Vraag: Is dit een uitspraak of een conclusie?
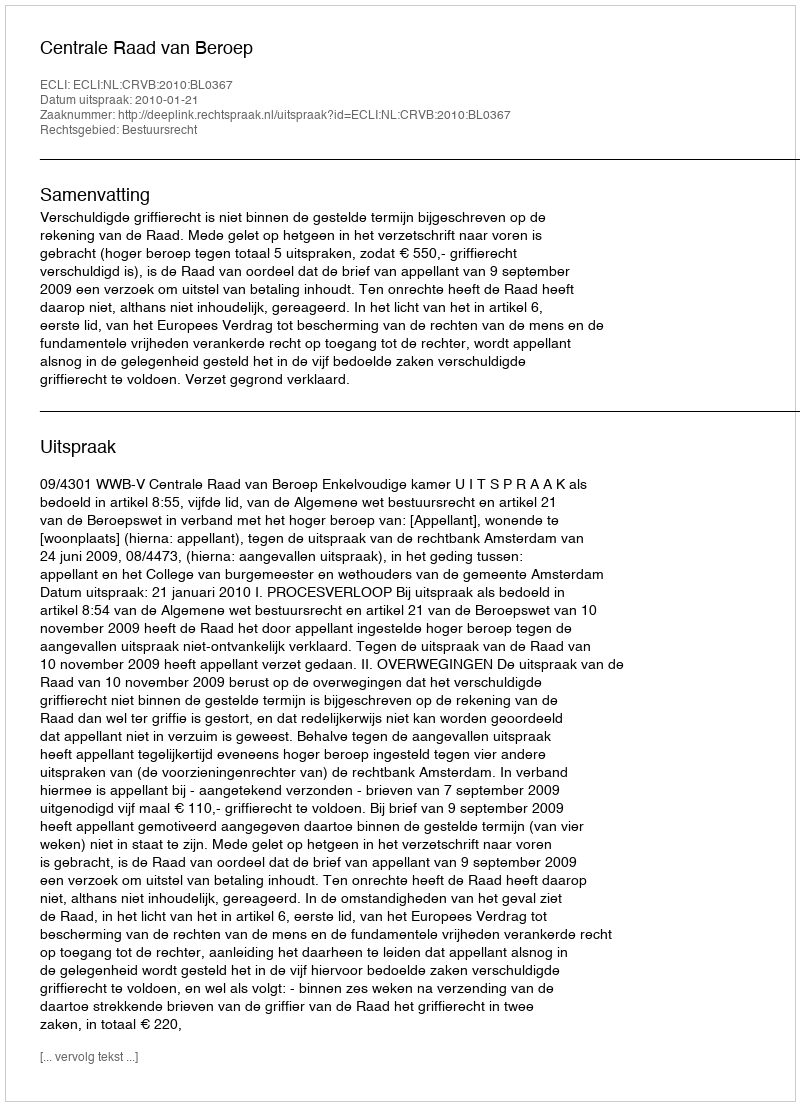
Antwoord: Uitspraak